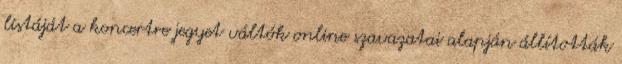
listáját a koncertre jegyet váltók online szavazatai alapján állították